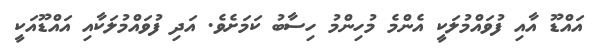
އައްޑޫ އާއި ފުވައްމުލަކީ އެންމެ މުހިންމު ހިސާބު ކަމަށެވެ. އަދި ފުވައްމުލަކާއި އައްޑޫއަކީ